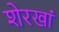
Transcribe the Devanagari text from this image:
शेरखां